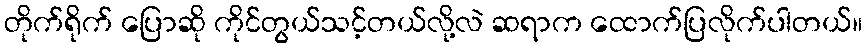
တိုက်ရိုက် ပြောဆို ကိုင်တွယ်သင့်တယ်လို့လဲ ဆရာက ထောက်ပြလိုက်ပါတယ်။